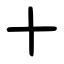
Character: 十